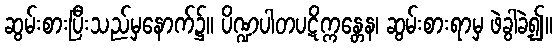
ဆွမ်းစားပြီးသည်မှနောက်၌။ ပိဏ္ဍပါတပဋိက္ကန္တေန၊ ဆွမ်းစားရာမှ ဖဲခွါခဲ့၍။